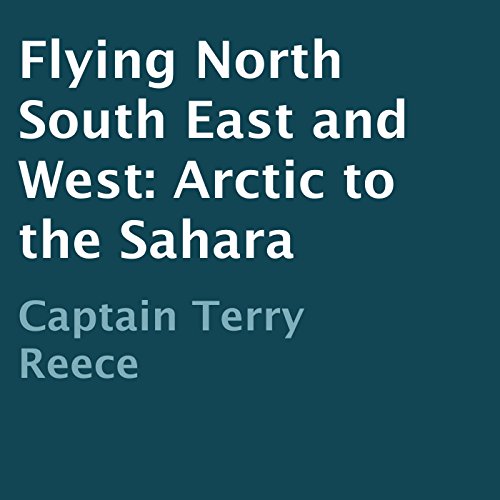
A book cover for Flying North South East and West: Arctic to the Sahara; Captain Terry Reece; Travel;